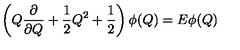
\left( Q { \frac { \partial } { \partial Q } } + { \frac { 1 } { 2 } } Q ^ { 2 } + { \frac { 1 } { 2 } } \right) \phi ( Q ) = E \phi ( Q )